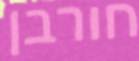
חורבן